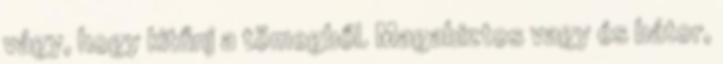
vágy, hogy kitűnj a tömegből. Magabiztos vagy és bátor,